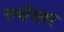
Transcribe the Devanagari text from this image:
स्लोसार